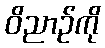
ဝိညာဉ်ကို